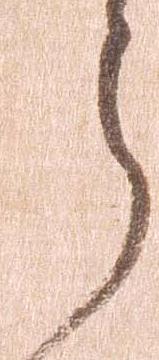
ら